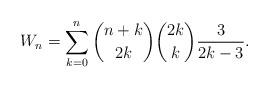
LaTeX: \begin{align*}W_n=\sum_{k=0}^{n}{n+k\choose 2k}{2k\choose k}\frac{3}{2k-3}.\end{align*}